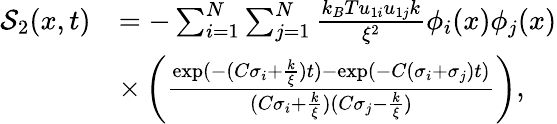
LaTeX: \begin{array}{rl}{\mathcal{S}_{2}(x,t)}&{=-\sum_{i=1}^{N}\sum_{j=1}^{N}\frac{k_{B}Tu_{1i}u_{1j}k}{\xi^{2}}\phi_{i}(x)\phi_{j}(x)}\\ &{\times\left(\frac{\exp(-(C\sigma_{i}+\frac{k}{\xi})t)-\exp(-C(\sigma_{i}+\sigma_{j})t)}{(C\sigma_{i}+\frac{k}{\xi})(C\sigma_{j}-\frac{k}{\xi})}\right),}\end{array}